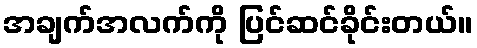
အချက်အလက်ကို ပြင်ဆင်ခိုင်းတယ်။